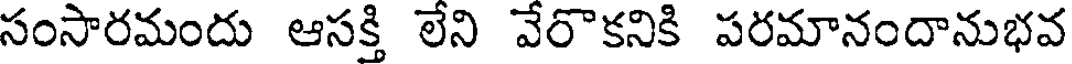
సంసారమందు ఆసక్తి లేని వేరొకనికి పరమానందానుభవ